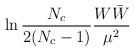
LaTeX: \begin{align*}\ln {N_c \over 2 (N_c-1)} {W \bar{W} \over \mu^2 }\end{align*}